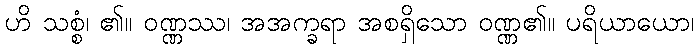
ဟိ သစ္စံ၊ ၏။ ဝဏ္ဏဿ၊ အအက္ခရာ အစရှိသော ဝဏ္ဏ၏။ ပရိယာယော၊